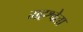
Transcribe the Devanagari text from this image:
महश्वेता